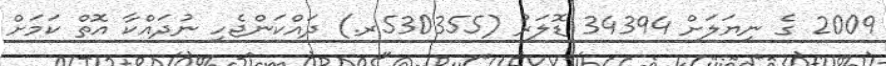
2009 ގެ ނިޔަލަށް 34394 ޑޮލަރު (530355ރ.) ދައްކަންޖެހި ނުދައްކާ އޮތް ކަމަށް